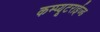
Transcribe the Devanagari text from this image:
कम्प्यूटराईज्ड